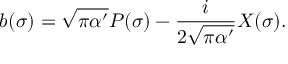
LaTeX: b ( \sigma ) = \sqrt { \pi \alpha ^ { \prime } } P ( \sigma ) - \frac { i } { 2 \sqrt { \pi \alpha ^ { \prime } } } X ( \sigma ) .